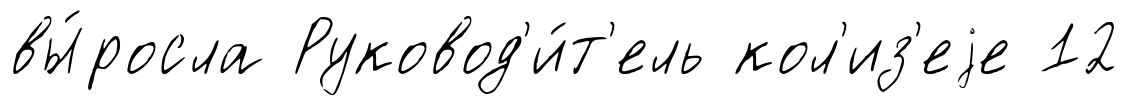
вы́росла Руковод'и́т'ель кол'из'еjе 12